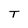
Character: T